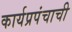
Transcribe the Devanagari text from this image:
कार्यप्रपंचाची